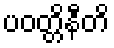
ပဝတ္တိနီတိ